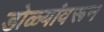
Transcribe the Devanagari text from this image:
डोळ्यांवरून